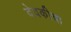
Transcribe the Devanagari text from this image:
देवकीचा